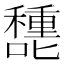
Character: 㘒